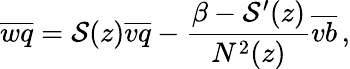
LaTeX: \overline{{wq}}={\cal S}(z)\overline{{vq}}-\frac{\beta-{\cal S}^{\prime}(z)}{N^{2}(z)}\overline{{vb}}\, ,